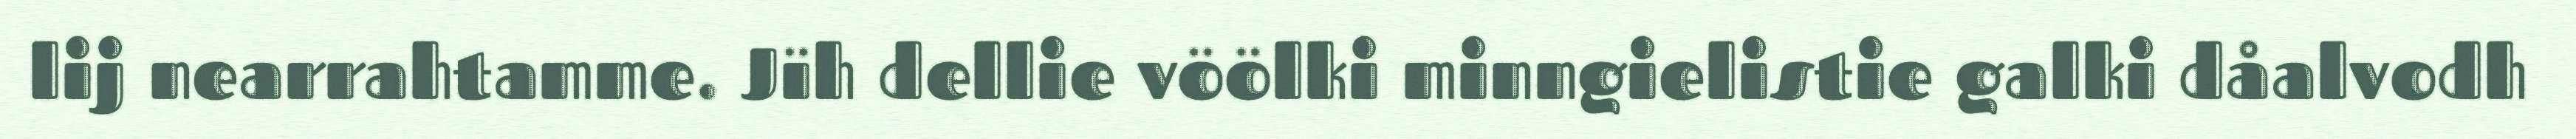
lij nearrahtamme. Jïh dellie vöölki minngielistie galki dåalvodh